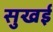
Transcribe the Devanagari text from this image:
सुखई